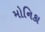
મોનિકા